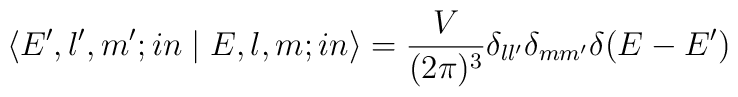
\left\langle {{E',l',m';in}} \mathrel{\left | {\vphantom {{E',l',m';in}{E,l,m}}} \right. \kern-\nulldelimiterspace} {{E,l,m;in}} \right\rangle={V\over {(2\pi )^3}}\delta _{ll'}\delta _{mm'}\delta (E-E')